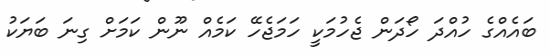
ބައެއްގެ ހުއްދަ ހޯދަން ޖެހުމަކީ ހަމަޖެހޭ ކަމެއް ނޫން ކަމަށް ގިނަ ބަޔަކު